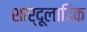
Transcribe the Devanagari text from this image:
शार्दूलादिक